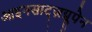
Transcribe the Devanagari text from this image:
आइनसाट्ज़ग्रूपेन